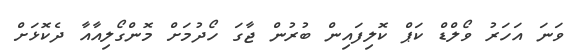
ވަނަ އަހަރު ވޯލްޑް ކަޕް ކޮލިފައިން ބުރުން ޖާގަ ހޯދުމަށް މޮންގޯލިއާއާ ދެކޮޅަށް